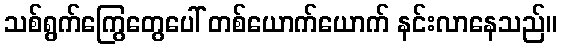
သစ်ရွက်ကြွေတွေပေါ် တစ်ယောက်ယောက် နင်းလာနေသည်။